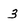
Character: 3